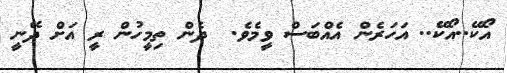
އޯކޭ..އޯކޭ.. އަހަރެން އެއްބަސް ވީމެވެ.  ދެން ތިމީހުން ރީ އަށް ދޭނީ